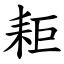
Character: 耟